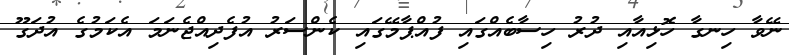
ނޭވާ ހިނގާ ހޮޅިއާއި ދުރު ހިސާބެއްގައި ފުއްޕާމޭގައި ކެންސަރު އުފެދިއްޖެނަމަ އެކަމުގެ އުދަގޫ